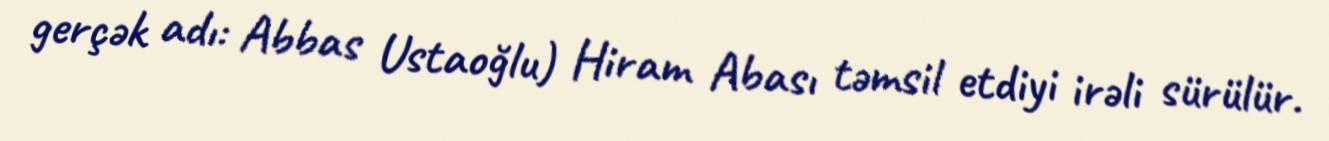
gerçək adı: Abbas Ustaoğlu) Hiram Abası təmsil etdiyi irəli sürülür.